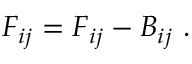
{ \cal F } _ { i j } = F _ { i j } - B _ { i j } \ .